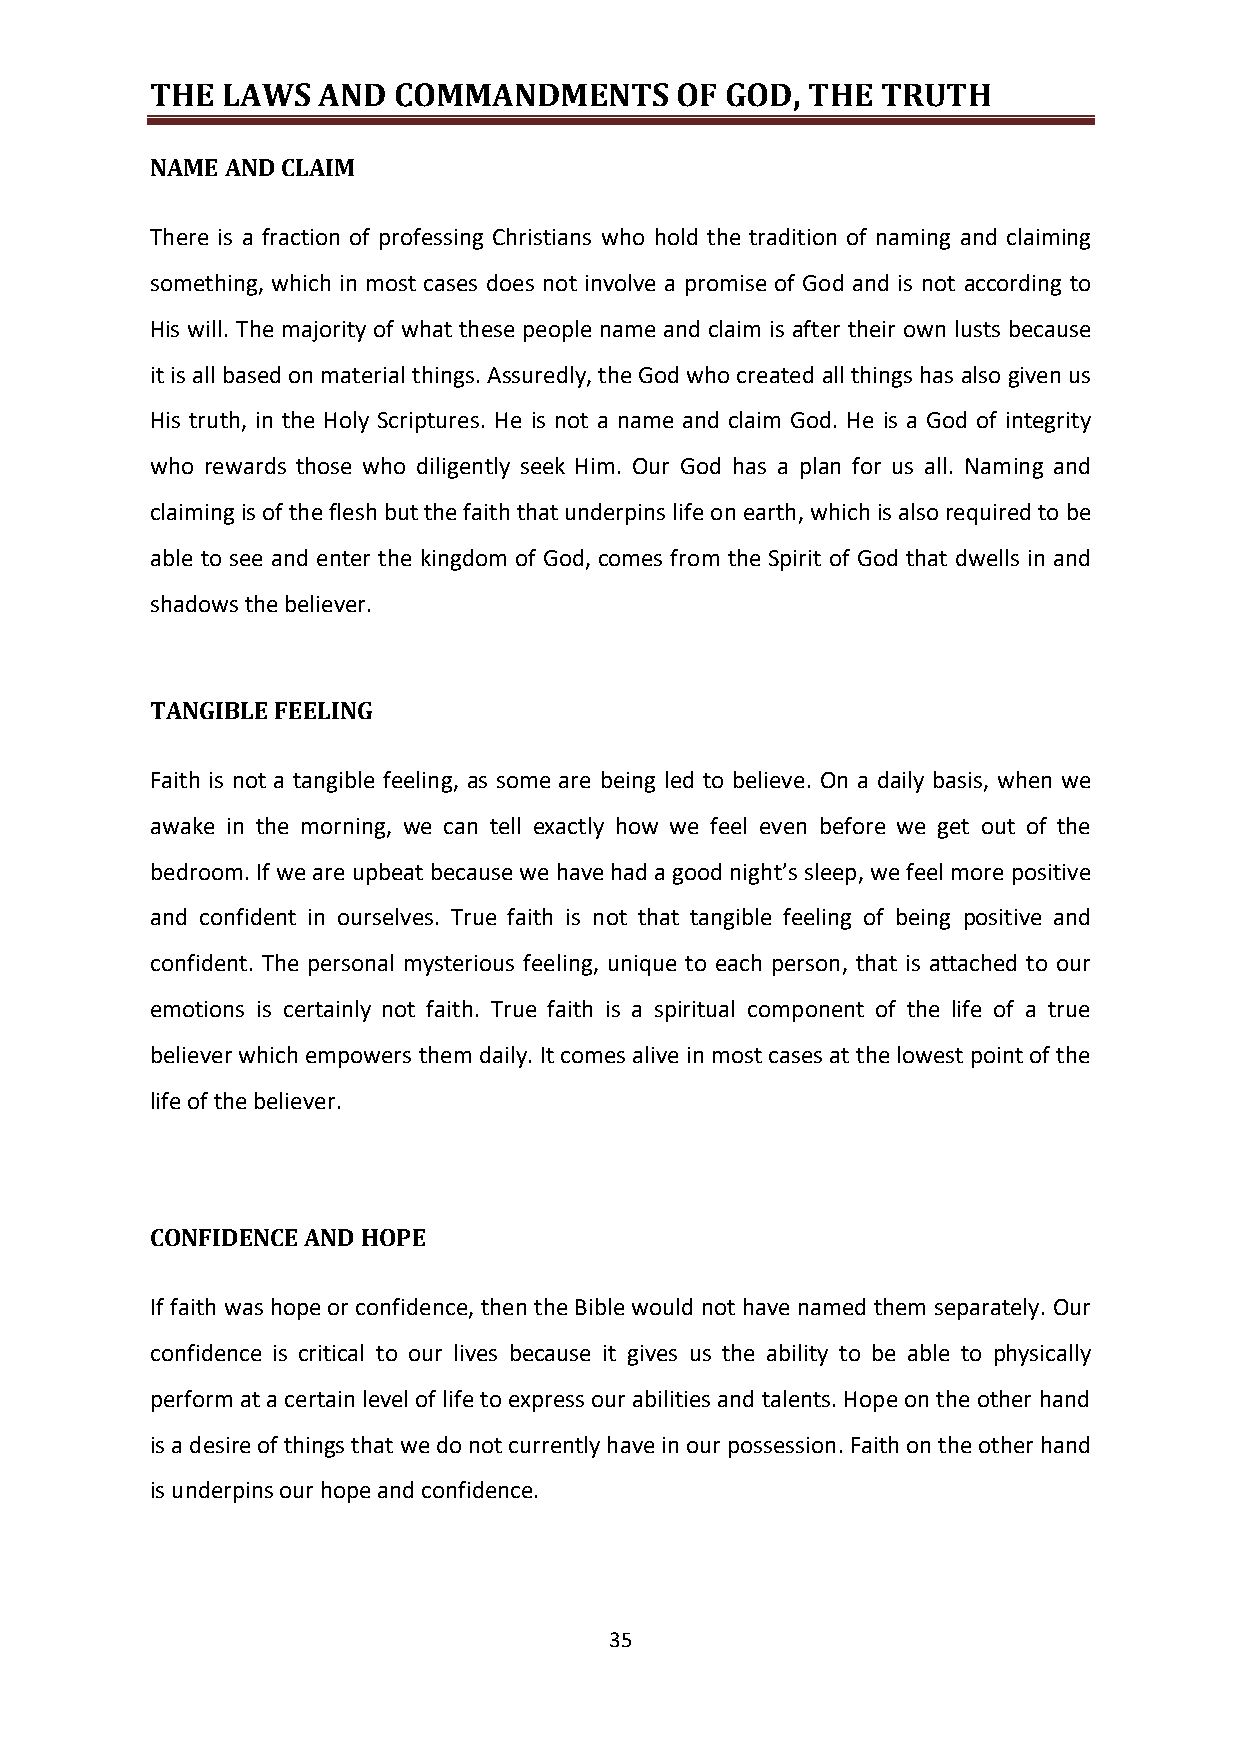
THE  LAWS  AND  COMMANDMENTS       OF GOD, THE  TRUTH
 NAME AND CLAIM
 There is a fraction of professing Christians who hold the tradition of naming and claiming
 something, which in most cases does not involve a promise of God and is not according to
 His will. The majority of what these people name and claim is after their own lusts because
 it is all based on material things. Assuredly, the God who created all things has also given us
 His truth, in the Holy Scriptures. He is not a name and claim God. He is a God of integrity
 who rewards those who diligently seek Him. Our God has a plan for us all. Naming and
 claiming is of the flesh but the faith that underpins life on earth, which is also required to be
 able to see and enter the kingdom of God, comes from the Spirit of God that dwells in and
 shadows the believer.
 TANGIBLE FEELING
 Faith is not a tangible feeling, as some are being led to believe. On a daily basis, when we
 awake in the morning, we can tell exactly how we feel even before we get out of the
 bedroom. If we are upbeat because we have had a good night’s sleep, we feel more positive
 and confident in ourselves. True faith is not that tangible feeling of being positive and
 confident. The personal mysterious feeling, unique to each person, that is attached to our
 emotions is certainly not faith. True faith is a spiritual component of the life of a true
 believer which empowers them daily. It comes alive in most cases at the lowest point of the
 life of the believer.
 CONFIDENCE AND HOPE
 If faith was hope or confidence, then the Bible would not have named them separately. Our
 confidence is critical to our lives because it gives us the ability to be able to physically
 perform at a certain level of life to express our abilities and talents. Hope on the other hand
 is a desire of things that we do not currently have in our possession. Faith on the other hand
 is underpins our hope and confidence.
 35